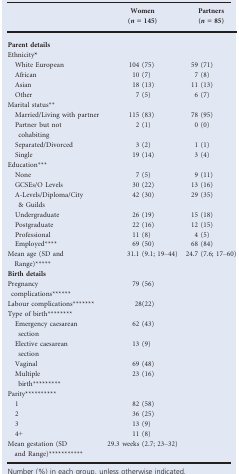
<table><thead><tr><td></td><td><b>Women (<i>n </i>= 145)</b></td><td><b>Partners (<i>n </i>= 85)</b></td></tr></thead><tbody><tr><td colspan="3"><b>Parent details</b></td></tr><tr><td colspan="3">Ethnicity*</td></tr><tr><td> White European</td><td>104 (75)</td><td>59 (71)</td></tr><tr><td> African</td><td>10 (7)</td><td>7 (8)</td></tr><tr><td> Asian</td><td>18 (13)</td><td>11 (13)</td></tr><tr><td> Other</td><td>7 (5)</td><td>6 (7)</td></tr><tr><td colspan="3">Marital status**</td></tr><tr><td> Married/Living with partner</td><td>115 (83)</td><td>78 (95)</td></tr><tr><td> Partner but not cohabiting</td><td>2 (1)</td><td>0 (0)</td></tr><tr><td> Separated/Divorced</td><td>3 (2)</td><td>1 (1)</td></tr><tr><td> Single</td><td>19 (14)</td><td>3 (4)</td></tr><tr><td colspan="3">Education***</td></tr><tr><td> None</td><td>7 (5)</td><td>9 (11)</td></tr><tr><td> GCSEs/O Levels</td><td>30 (22)</td><td>13 (16)</td></tr><tr><td> A-Levels/Diploma/City &amp; Guilds</td><td>42 (30)</td><td>29 (35)</td></tr><tr><td> Undergraduate</td><td>26 (19)</td><td>15 (18)</td></tr><tr><td> Postgraduate</td><td>22 (16)</td><td>12 (15)</td></tr><tr><td> Professional</td><td>11 (8)</td><td>4 (5)</td></tr><tr><td> Employed****</td><td>69 (50)</td><td>68 (84)</td></tr><tr><td>Mean age (SD and Range)*****</td><td>31.1 (9.1; 19–44)</td><td>24.7 (7.6; 17–60)</td></tr><tr><td colspan="3"><b>Birth details</b></td></tr><tr><td>Pregnancy complications******</td><td>79 (56)</td><td></td></tr><tr><td>Labour complications*******</td><td>28(22)</td><td></td></tr><tr><td colspan="3">Type of birth********</td></tr><tr><td> Emergency caesarean section</td><td>62 (43)</td><td></td></tr><tr><td> Elective caesarean section</td><td>13 (9)</td><td></td></tr><tr><td> Vaginal</td><td>69 (48)</td><td></td></tr><tr><td> Multiple birth*********</td><td>23 (16)</td><td></td></tr><tr><td colspan="3">Parity**********</td></tr><tr><td> 1</td><td>82 (58)</td><td></td></tr><tr><td> 2</td><td>36 (25)</td><td></td></tr><tr><td> 3</td><td>13 (9)</td><td></td></tr><tr><td> 4+</td><td>11 (8)</td><td></td></tr><tr><td>Mean gestation (SD and Range)***********</td><td>29.3 weeks (2.7; 23–32)</td><td></td></tr></tbody></table>